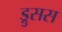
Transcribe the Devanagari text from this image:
ड्रुसस